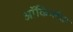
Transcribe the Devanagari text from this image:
ऑकिन्लेक